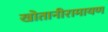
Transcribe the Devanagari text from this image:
खोतानीरामायण